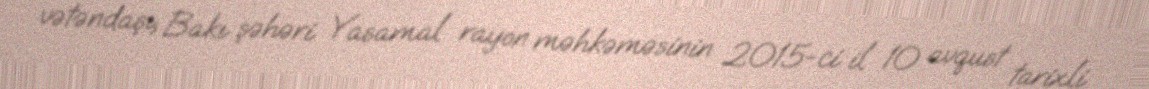
vətəndaşı, Bakı şəhəri Yasamal rayon məhkəməsinin 2015-ci il 10 avqust tarixli